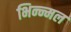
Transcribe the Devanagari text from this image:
भिन्न्मल